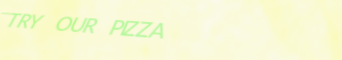
TRY OUR PIZZA